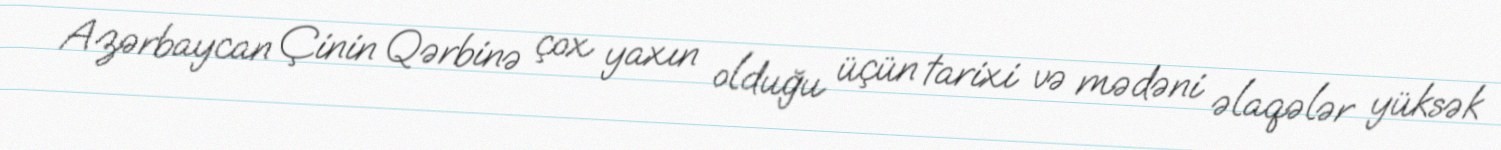
Azərbaycan Çinin Qərbinə çox yaxın olduğu üçün tarixi və mədəni əlaqələr yüksək